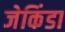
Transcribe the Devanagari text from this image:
जेकिंडा